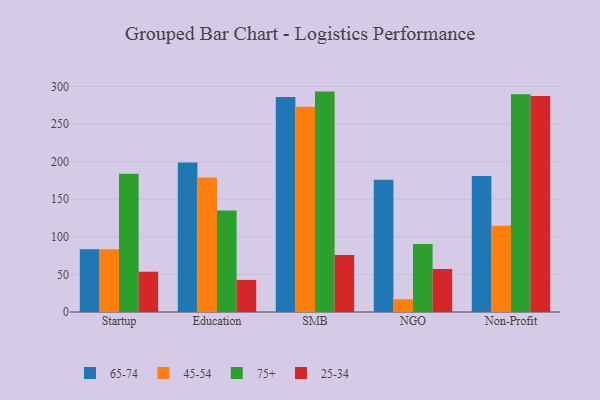
{"axis": {"x": "Segment", "y": "Conversion Rate (%)"}, "legend": ["25-34", "45-54", "65-74", "75+"], "data": [{"x": "Startup", "y": 83.4, "type": "65-74"}, {"x": "Startup", "y": 83.4, "type": "45-54"}, {"x": "Startup", "y": 183.9, "type": "75+"}, {"x": "Startup", "y": 53.6, "type": "25-34"}, {"x": "Education", "y": 199.0, "type": "65-74"}, {"x": "Education", "y": 178.9, "type": "45-54"}, {"x": "Education", "y": 135.1, "type": "75+"}, {"x": "Education", "y": 42.7, "type": "25-34"}, {"x": "SMB", "y": 286.0, "type": "65-74"}, {"x": "SMB", "y": 272.9, "type": "45-54"}, {"x": "SMB", "y": 293.2, "type": "75+"}, {"x": "SMB", "y": 75.8, "type": "25-34"}, {"x": "NGO", "y": 175.9, "type": "65-74"}, {"x": "NGO", "y": 17.0, "type": "45-54"}, {"x": "NGO", "y": 90.5, "type": "75+"}, {"x": "NGO", "y": 57.1, "type": "25-34"}, {"x": "Non-Profit", "y": 180.9, "type": "65-74"}, {"x": "Non-Profit", "y": 114.9, "type": "45-54"}, {"x": "Non-Profit", "y": 289.7, "type": "75+"}, {"x": "Non-Profit", "y": 287.2, "type": "25-34"}]}